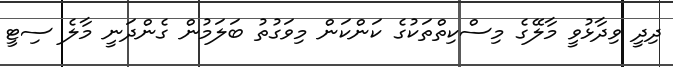
ދިދީ ވިދާޅުވީ މާލޭގެ މިސްކިތްތަކުގެ ކަންކަން މިވަގުތު ބަލަމުން ގެންދަނީ މާލެ ސިޓީ